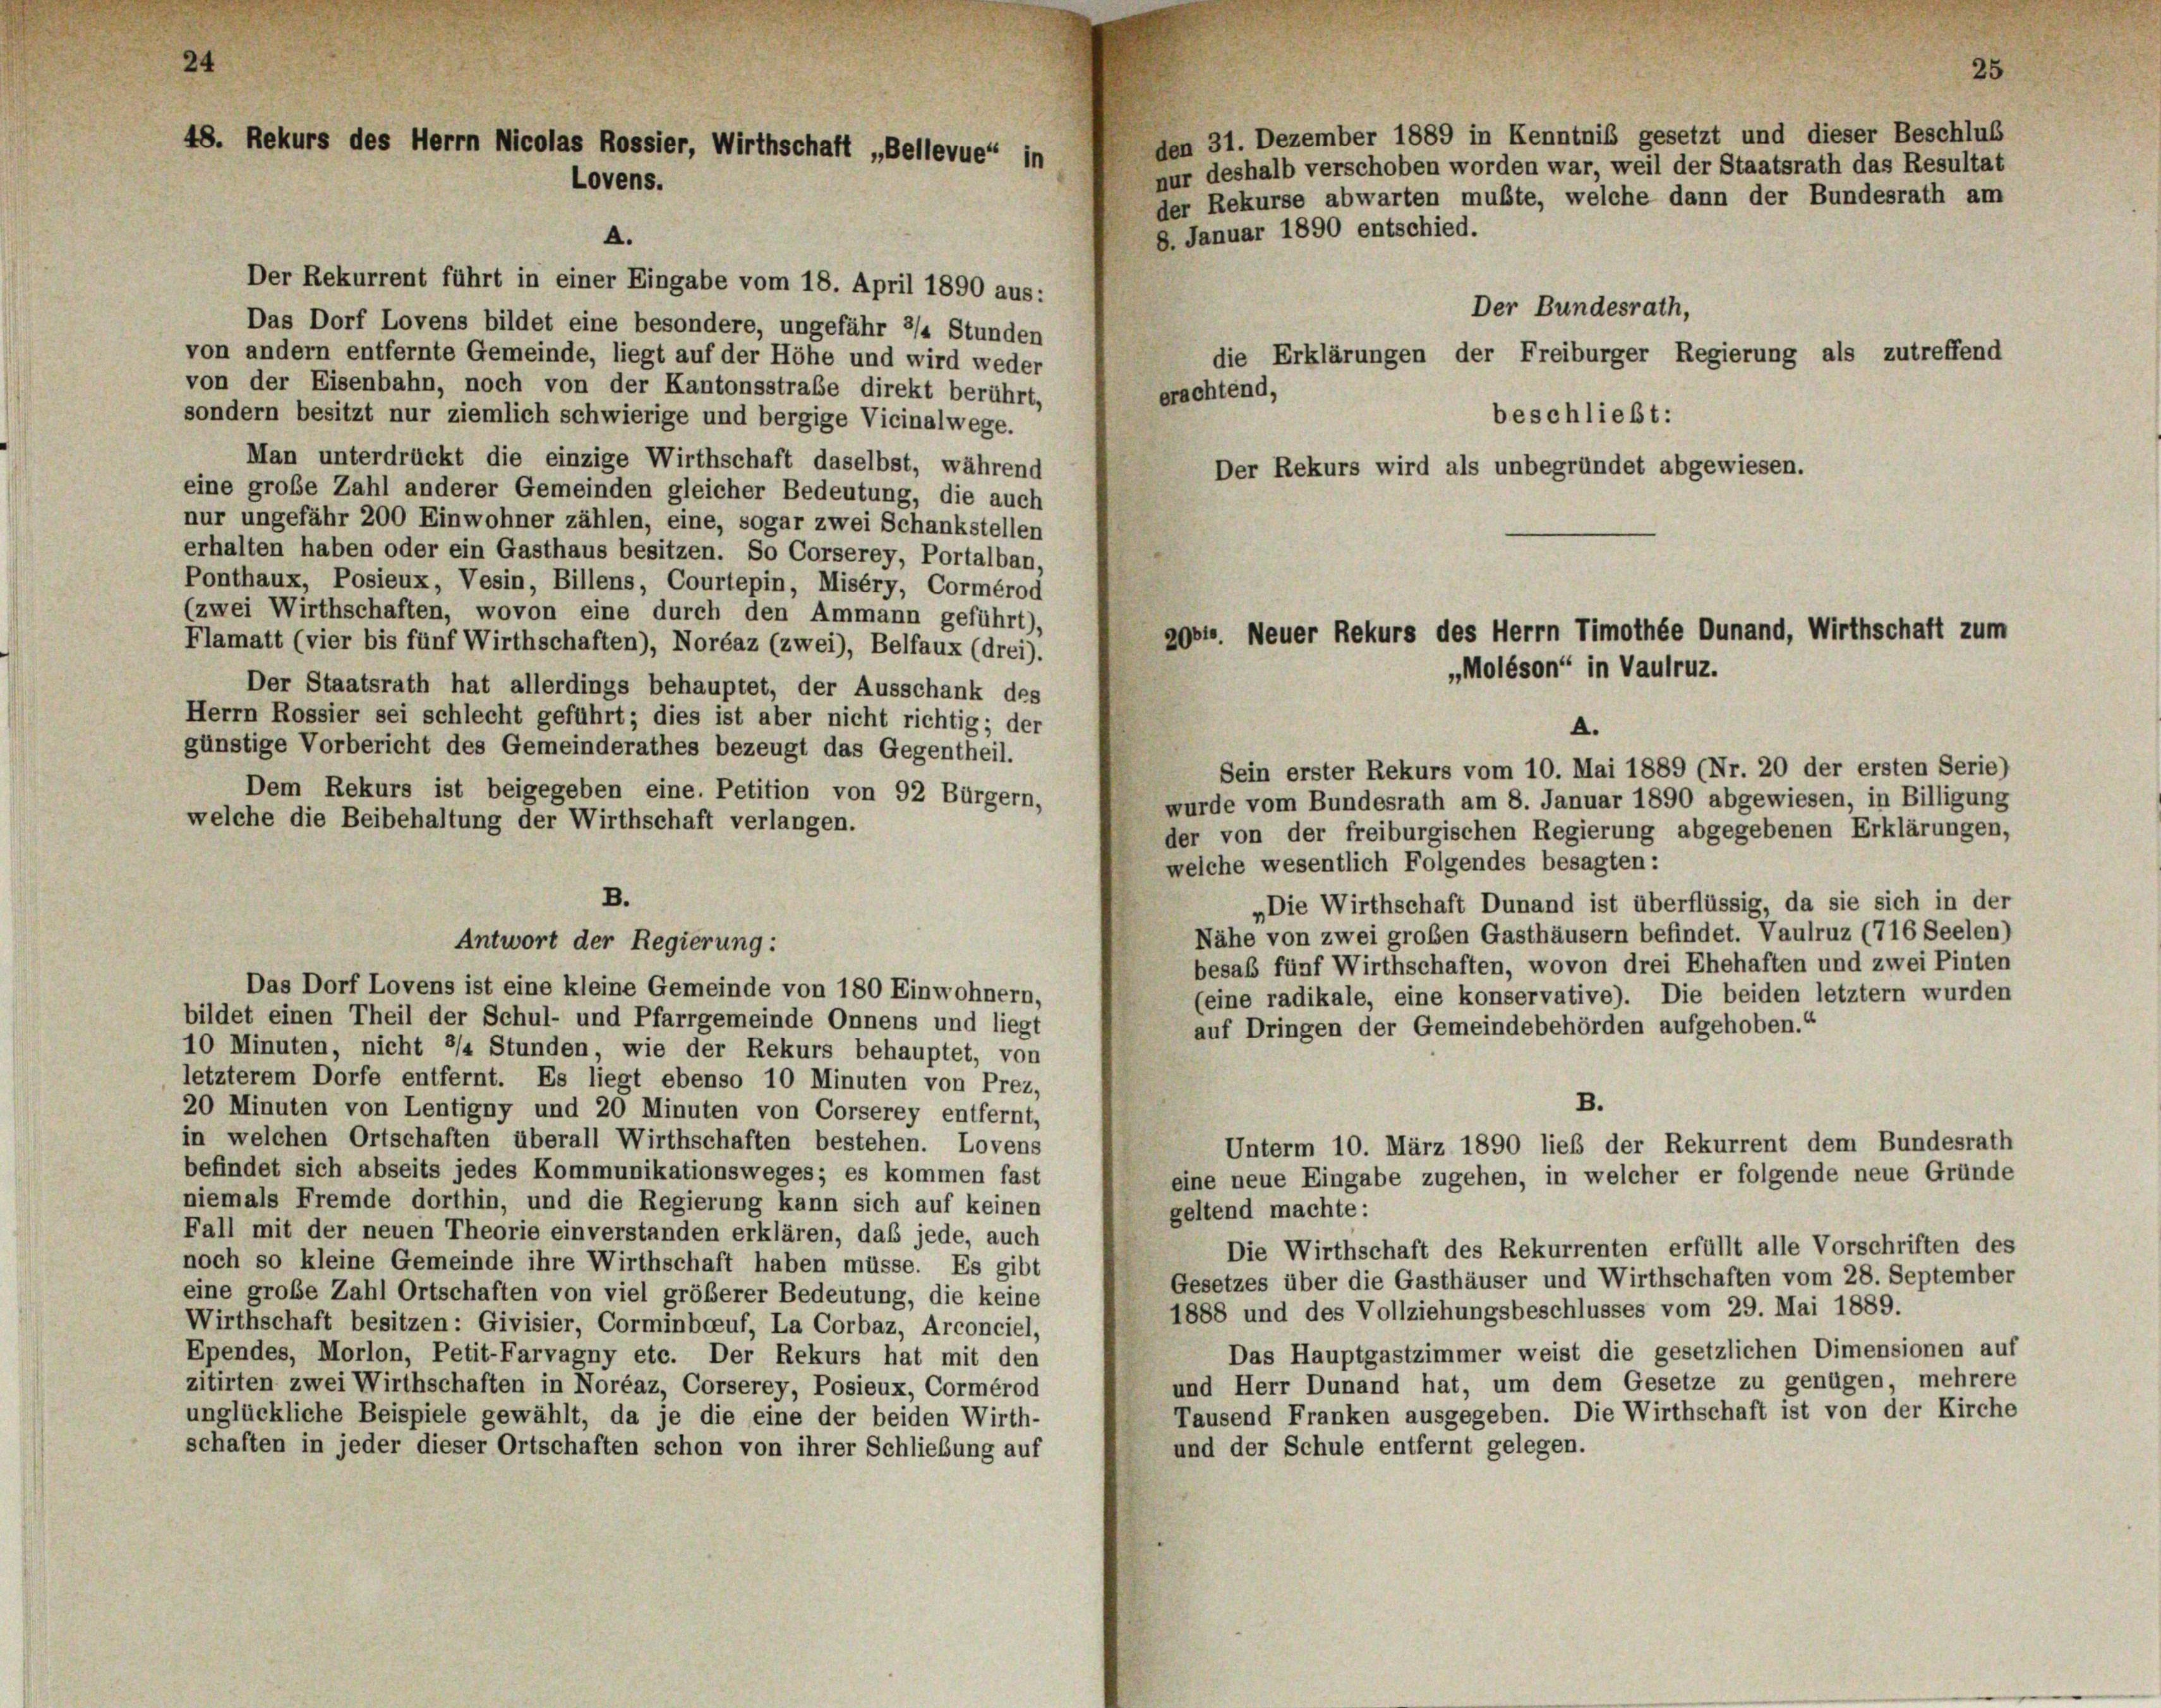
48. Rekurs des Herrn Nicolas Rossier, Wirthschaft „Bellevue“ in
Lovens.

A.
Der Rekurrent führt in einer Eingabe vom 18. April 1890 aus:
Das Dorf Lovens bildet eine besondere, ungefähr 2/4 Stunden
von andern entfernte Gemeinde, liegt auf der Höhe und wird weder
von der Eisenbahn, noch von der Kantonsstraße direkt berührt,
sondern besitzt nur ziemlich schwierige und bergige Vicinalwege.
Man unterdrückt die einzige Wirthschaft daselbst, während
eine große Zahl anderer Gemeinden gleicher Bedeutung, die auch
nur ungefähr 200 Einwohner zählen, eine, sogar zwei Schankstellen
erhalten haben oder ein Gasthaus besitzen. So Corserey, Portalban,
Ponthaux, Posieux, Vesin, Billens, Courtepin, Miséry, Cormérod
(zwei Wirthschaften, wovon eine durch den Ammann geführt),
Flamatt (vier bis fünf Wirthschaften), Noréaz (zwei), Belfaux (drei).
Der Staatsrath hat allerdings behauptet, der Ausschank des
Herrn Rossier sei schlecht geführt; dies ist aber nicht richtig; der
günstige Vorbericht des Gemeinderathes bezeugt das Gegentheil.
Dem Rekurs ist beigegeben eine. Petition von 92 Bürgern,
wurde vom Bundesrath am 8. Januar 1890 abgewiesen, in Billigung
welche die Beibehaltung der Wirthschaft verlangen.
der von der freiburgischen Regierung abgegebenen Erklärungen,
welche wesentlich Folgendes besagten:
B.
„Die Wirthschaft Dunand ist überflüssig, da sie sich in der
Nähe von zwei großen Gasthäusern befindet. Vaulruz (716 Seelen)
Antwort der Regierung:
besab fünf Wirthschaften, wovon drei Ehehaften und zwei Pinten
Das Dorf Lovens ist eine kleine Gemeinde von 180 Einwohnern,
(eine radikale, eine konservative). Die beiden letztem wurden
bildet einen Theil der Schul- und Pfarrgemeinde Onnens und liegt
auf Dringen der Gemeindebehörden aufgehoben.“
10 Minuten, nicht 3/4 Stunden, wie der Rekurs behauptet, von
letzterem Dorfe entfernt. Es liegt ebenso 10 Minuten von Prez,
B.
20 Minuten von Lentigny und 20 Minuten von Corserey entfernt,
in welchen Ortschaften überall Wirthschaften bestehen. Lovens
Unterm 10. März 1890 ließ der Rekurrent dem Bundesrath
befindet sich abseits jedes Kommunikationsweges; es kommen fast
eine neue Eingabe zugehen, in welcher er folgende neue Gründe
niemals Fremde dorthin, und die Regierung kann sich auf keinen
geltend machte:
Fall mit der neuen Theorie einverstanden erklären, daß jede, auch
Die Wirthschaft des Rekurrenten erfüllt alle Vorschriften des
noch so kleine Gemeinde ihre Wirthschaft haben müsse. Es gibt
Gesetzes über die Gasthäuser und Wirthschaften vom 28. September
eine große Zahl Ortschaften von viel größerer Bedeutung, die keine
1888 und des Vollziehungsbeschlusses vom 29. Mai 1889.
Wirthschaft besitzen: Givisier, Corminberuf, La Corbaz, Arconciel,
Das Hauptgastzimmer weist die gesetzlichen Dimensionen auf
Ependes, Morlon, Petit-Farvagny etc. Der Rekurs hat mit den
und Herr Dunand hat, um dem Gesetze zu genügen, mehrere
zitirten zwei Wirthschaften in Noréaz, Corserey, Posieux, Cormérod
Tausend Franken ausgegeben. Die Wirthschaft ist von der Kirche
unglückliche Beispiele gewählt, da je die eine der beiden Wirth-
schaften in jeder dieser Ortschaften schon von ihrer Schließung auf
und der Schule entfernt gelegen.

den 31. Dezember 1889 in Kenntnis gesetzt und dieser Beschluß
nur deshalb verschoben worden war, weil der Staatsrath das Resultat
der Rekurse abwarten mußte, welche dann der Bundesrath am
8. Januar 1890 entschied.
Der Bundesrath,
die Erklärungen der Freiburger Regierung als zutreffend
erachtend,
beschließt:
Der Rekurs wird als unbegründet abgewiesen.

A.
Sein erster Rekurs vom 10. Mai 1889 (Nr. 20 der ersten Serie)

2064. Neuer Rekurs des Herrn Timothée Dunand, Wirthschaft zum
„Moléson“ in Vaulruz.